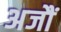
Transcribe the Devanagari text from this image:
अजौं